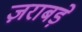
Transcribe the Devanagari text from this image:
ज़राबड़े